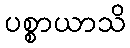
ပစ္စာယာသိ